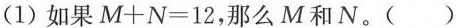
(1)如果$$M + N=1 2$$，那么M和N。( )